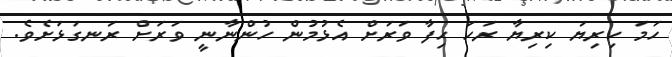
ހަމަ ކިރިޔަ ކިރިޔާ ރަހަ ހިފާ ވަރަށް އެޅުމުން ހުންނާނީ ވަރަށް ރަނގަޅަށެވެ.